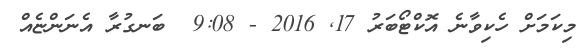
މިކަމަށް ހެކިވާނެ އޮކްޓޯބަރު 17